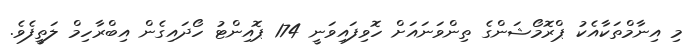
މި އިނާމްތަކާއެކު ޕްރޮމޯޝަންގެ ތިންވަނައަށް ހޮވިފައިވަނީ 174 ޕޮއިންޓު ހޯދައިގެން އިބްރާހިމް ލަތީފެވެ.